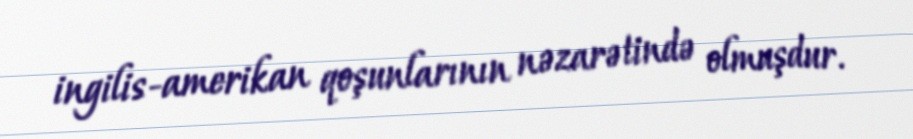
ingilis-amerikan qoşunlarının nəzarətində olmuşdur.